Annual report of the Central Committee of the Association together with the report of the directors of the Pasteur Institute at Kasauli
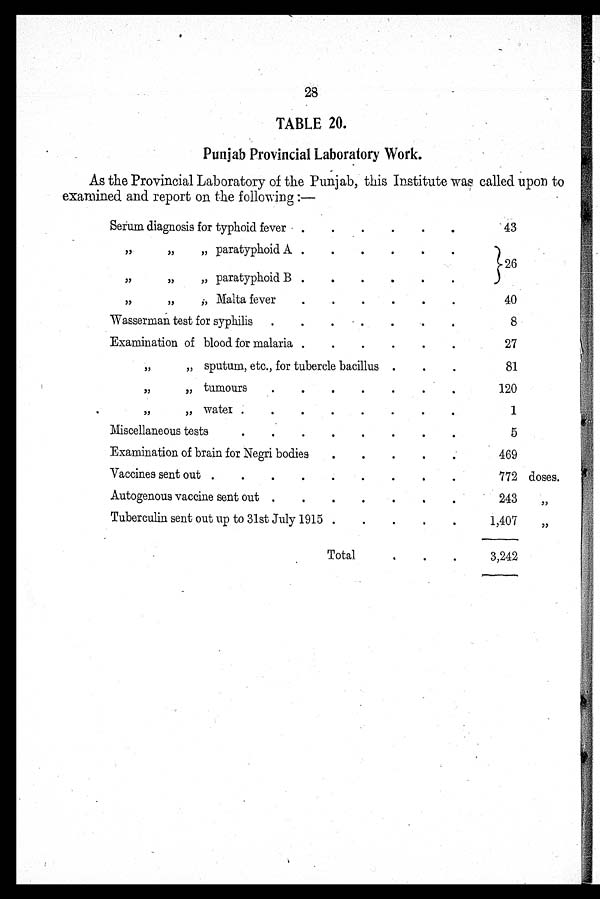
28
TABLE 20.
Punjab Provincial Laboratory Work.
As the Provincial Laboratory of the Punjab, this Institute was called upon tc
examined and report on the following :—
Serum diagnosis for typhoid fever
43
„ „ „ paratyphoid A
26
„ „
„ paratyphoid B
„ „
„ Malta fever
40
Wasserman test for syphilis
8
Examination of blood for malaria .
27
„
„ sputum, etc., for tubercle bacillus
81
„ „
tumours
120
„
„
water
1
Miscellaneous tests
5
Examination of brain for Negri bodies
469
Vaccines sent out
772 doses.
Autogenous vaccine sent out
243
„
Tuberculin sent out up to 31st July 1915
1,407
„
Total
3,242